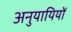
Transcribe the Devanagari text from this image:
अनुयायियों